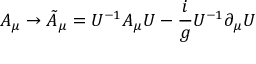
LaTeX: A _ { \mu } \rightarrow \tilde { A } _ { \mu } = U ^ { - 1 } A _ { \mu } U - { \frac { i } { g } } U ^ { - 1 } \partial _ { \mu } U